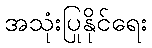
အသုံးပြုနိုင်ရေး